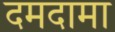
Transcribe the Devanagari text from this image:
दमदामा